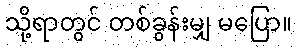
သို့ရာတွင် တစ်ခွန်းမျှ မပြော။